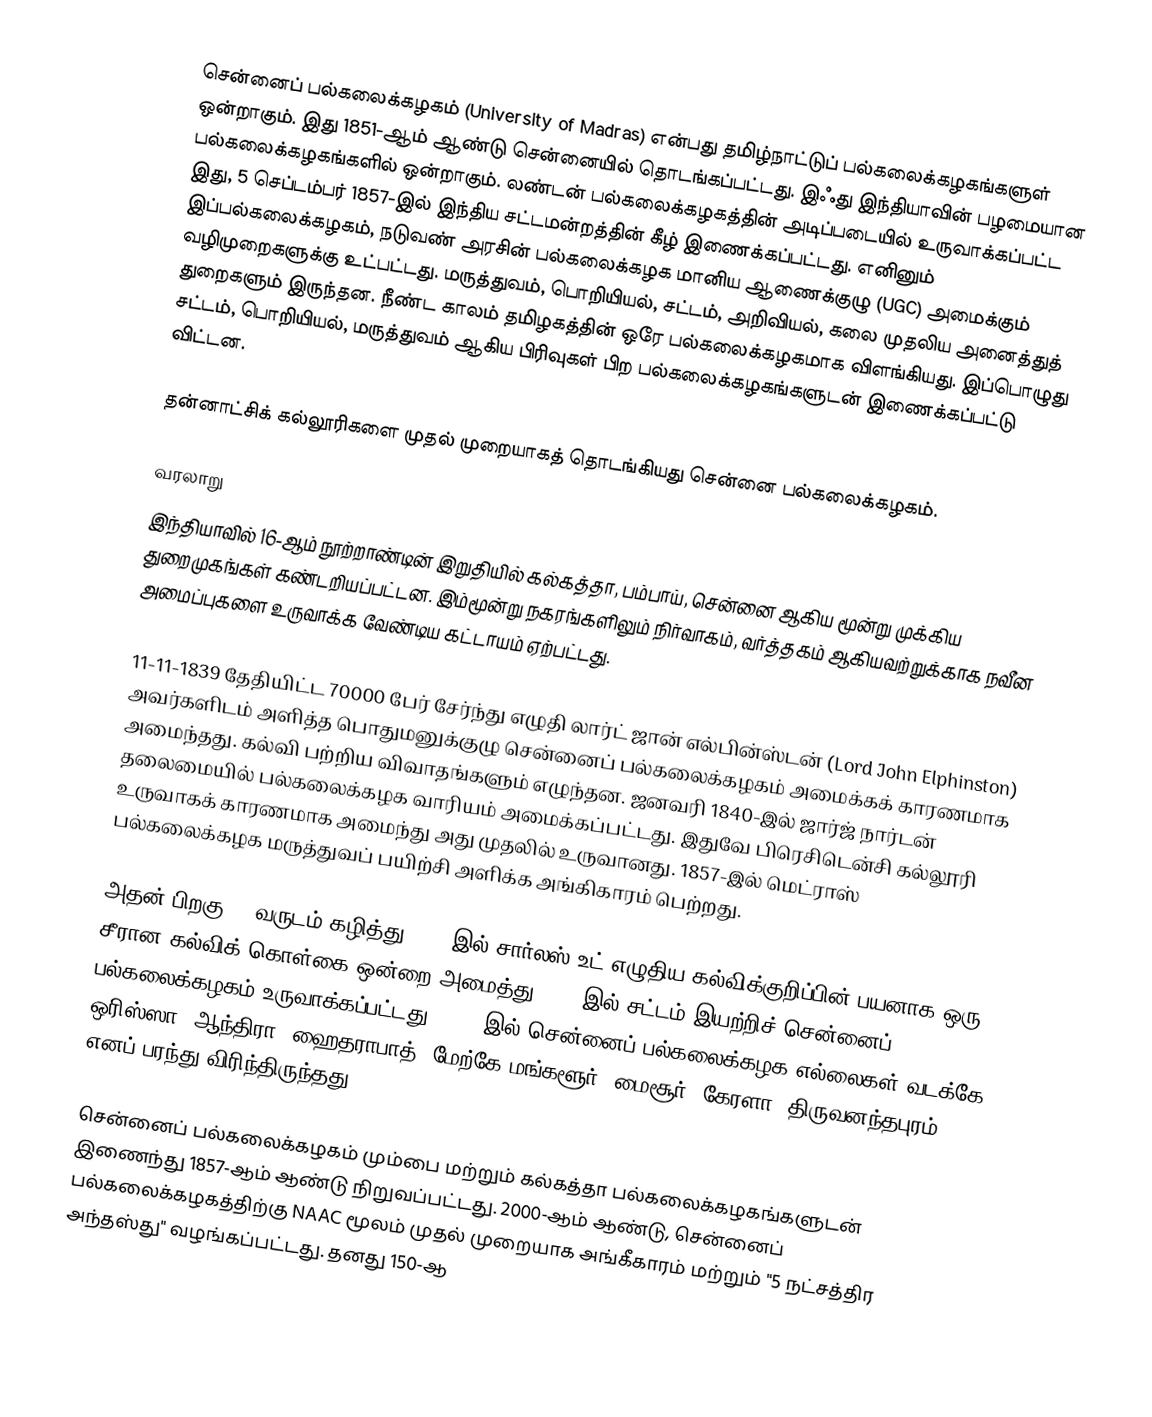
சென்னைப் பல்கலைக்கழகம் (University of Madras) என்பது தமிழ்நாட்டுப் பல்கலைக்கழகங்களுள் ஒன்றாகும். இது 1851-ஆம் ஆண்டு சென்னையில் தொடங்கப்பட்டது. இஃது இந்தியாவின் பழமையான பல்கலைக்கழகங்களில் ஒன்றாகும். லண்டன் பல்கலைக்கழகத்தின் அடிப்படையில் உருவாக்கப்பட்ட இது, 5 செப்டம்பர் 1857-இல் இந்திய சட்டமன்றத்தின் கீழ் இணைக்கப்பட்டது. எனினும் இப்பல்கலைக்கழகம், நடுவண் அரசின் பல்கலைக்கழக மானிய ஆணைக்குழு (UGC) அமைக்கும் வழிமுறைகளுக்கு உட்பட்டது. மருத்துவம், பொறியியல், சட்டம், அறிவியல், கலை முதலிய அனைத்துத் துறைகளும் இருந்தன. நீண்ட காலம் தமிழகத்தின் ஒரே பல்கலைக்கழகமாக விளங்கியது. இப்பொழுது சட்டம், பொறியியல், மருத்துவம் ஆகிய பிரிவுகள் பிற பல்கலைக்கழகங்களுடன் இணைக்கப்பட்டு விட்டன.

தன்னாட்சிக் கல்லூரிகளை முதல் முறையாகத் தொடங்கியது சென்னை பல்கலைக்கழகம்.

வரலாறு
இந்தியாவில் 16-ஆம் நூற்றாண்டின் இறுதியில் கல்கத்தா, பம்பாய், சென்னை ஆகிய மூன்று முக்கிய துறைமுகங்கள் கண்டறியப்பட்டன.  இம்மூன்று நகரங்களிலும் நிர்வாகம், வர்த்தகம் ஆகியவற்றுக்காக நவீன அமைப்புகளை உருவாக்க வேண்டிய கட்டாயம் ஏற்பட்டது.

11-11-1839 தேதியிட்ட 70000 பேர் சேர்ந்து எழுதி லார்ட் ஜான் எல்பின்ஸ்டன் (Lord John Elphinston) அவர்களிடம் அளித்த பொதுமனுக்குழு சென்னைப் பல்கலைக்கழகம் அமைக்கக் காரணமாக அமைந்தது. கல்வி பற்றிய விவாதங்களும் எழுந்தன. ஜனவரி 1840-இல் ஜார்ஜ் நார்டன் தலைமையில் பல்கலைக்கழக வாரியம் அமைக்கப்பட்டது. இதுவே பிரெசிடென்சி கல்லூரி உருவாகக் காரணமாக அமைந்து அது முதலில் உருவானது. 1857-இல் மெட்ராஸ் பல்கலைக்கழக மருத்துவப் பயிற்சி அளிக்க அங்கிகாரம் பெற்றது.

அதன் பிறகு 14 வருடம் கழித்து 1854-இல்  சார்லஸ் உட் எழுதிய கல்விக்குறிப்பின் பயனாக ஒரு சீரான கல்விக் கொள்கை ஒன்றை அமைத்து 1857-இல் சட்டம் இயற்றிச் சென்னைப் பல்கலைக்கழகம் உருவாக்கப்பட்டது. 1923-இல் சென்னைப் பல்கலைக்கழக எல்லைகள் வடக்கே ஒரிஸ்ஸா, ஆந்திரா, ஹைதராபாத், மேற்கே மங்களூர், மைசூர், கேரளா, திருவனந்தபுரம் எனப் பரந்து விரிந்திருந்தது.

சென்னைப் பல்கலைக்கழகம் மும்பை மற்றும் கல்கத்தா பல்கலைக்கழகங்களுடன் இணைந்து 1857-ஆம் ஆண்டு நிறுவப்பட்டது. 2000-ஆம் ஆண்டு, சென்னைப் பல்கலைக்கழகத்திற்கு NAAC மூலம் முதல் முறையாக அங்கீகாரம் மற்றும் "5 நட்சத்திர அந்தஸ்து" வழங்கப்பட்டது. தனது 150-ஆ